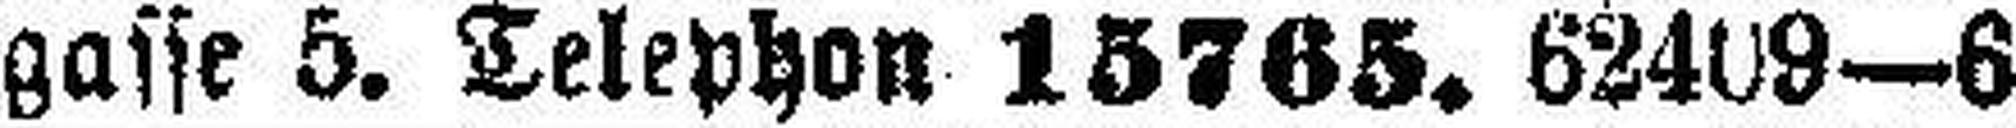
gasse 5. Telephon 15765. 62409—6